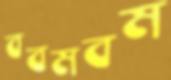
ববমবম